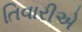
તિવારીએ